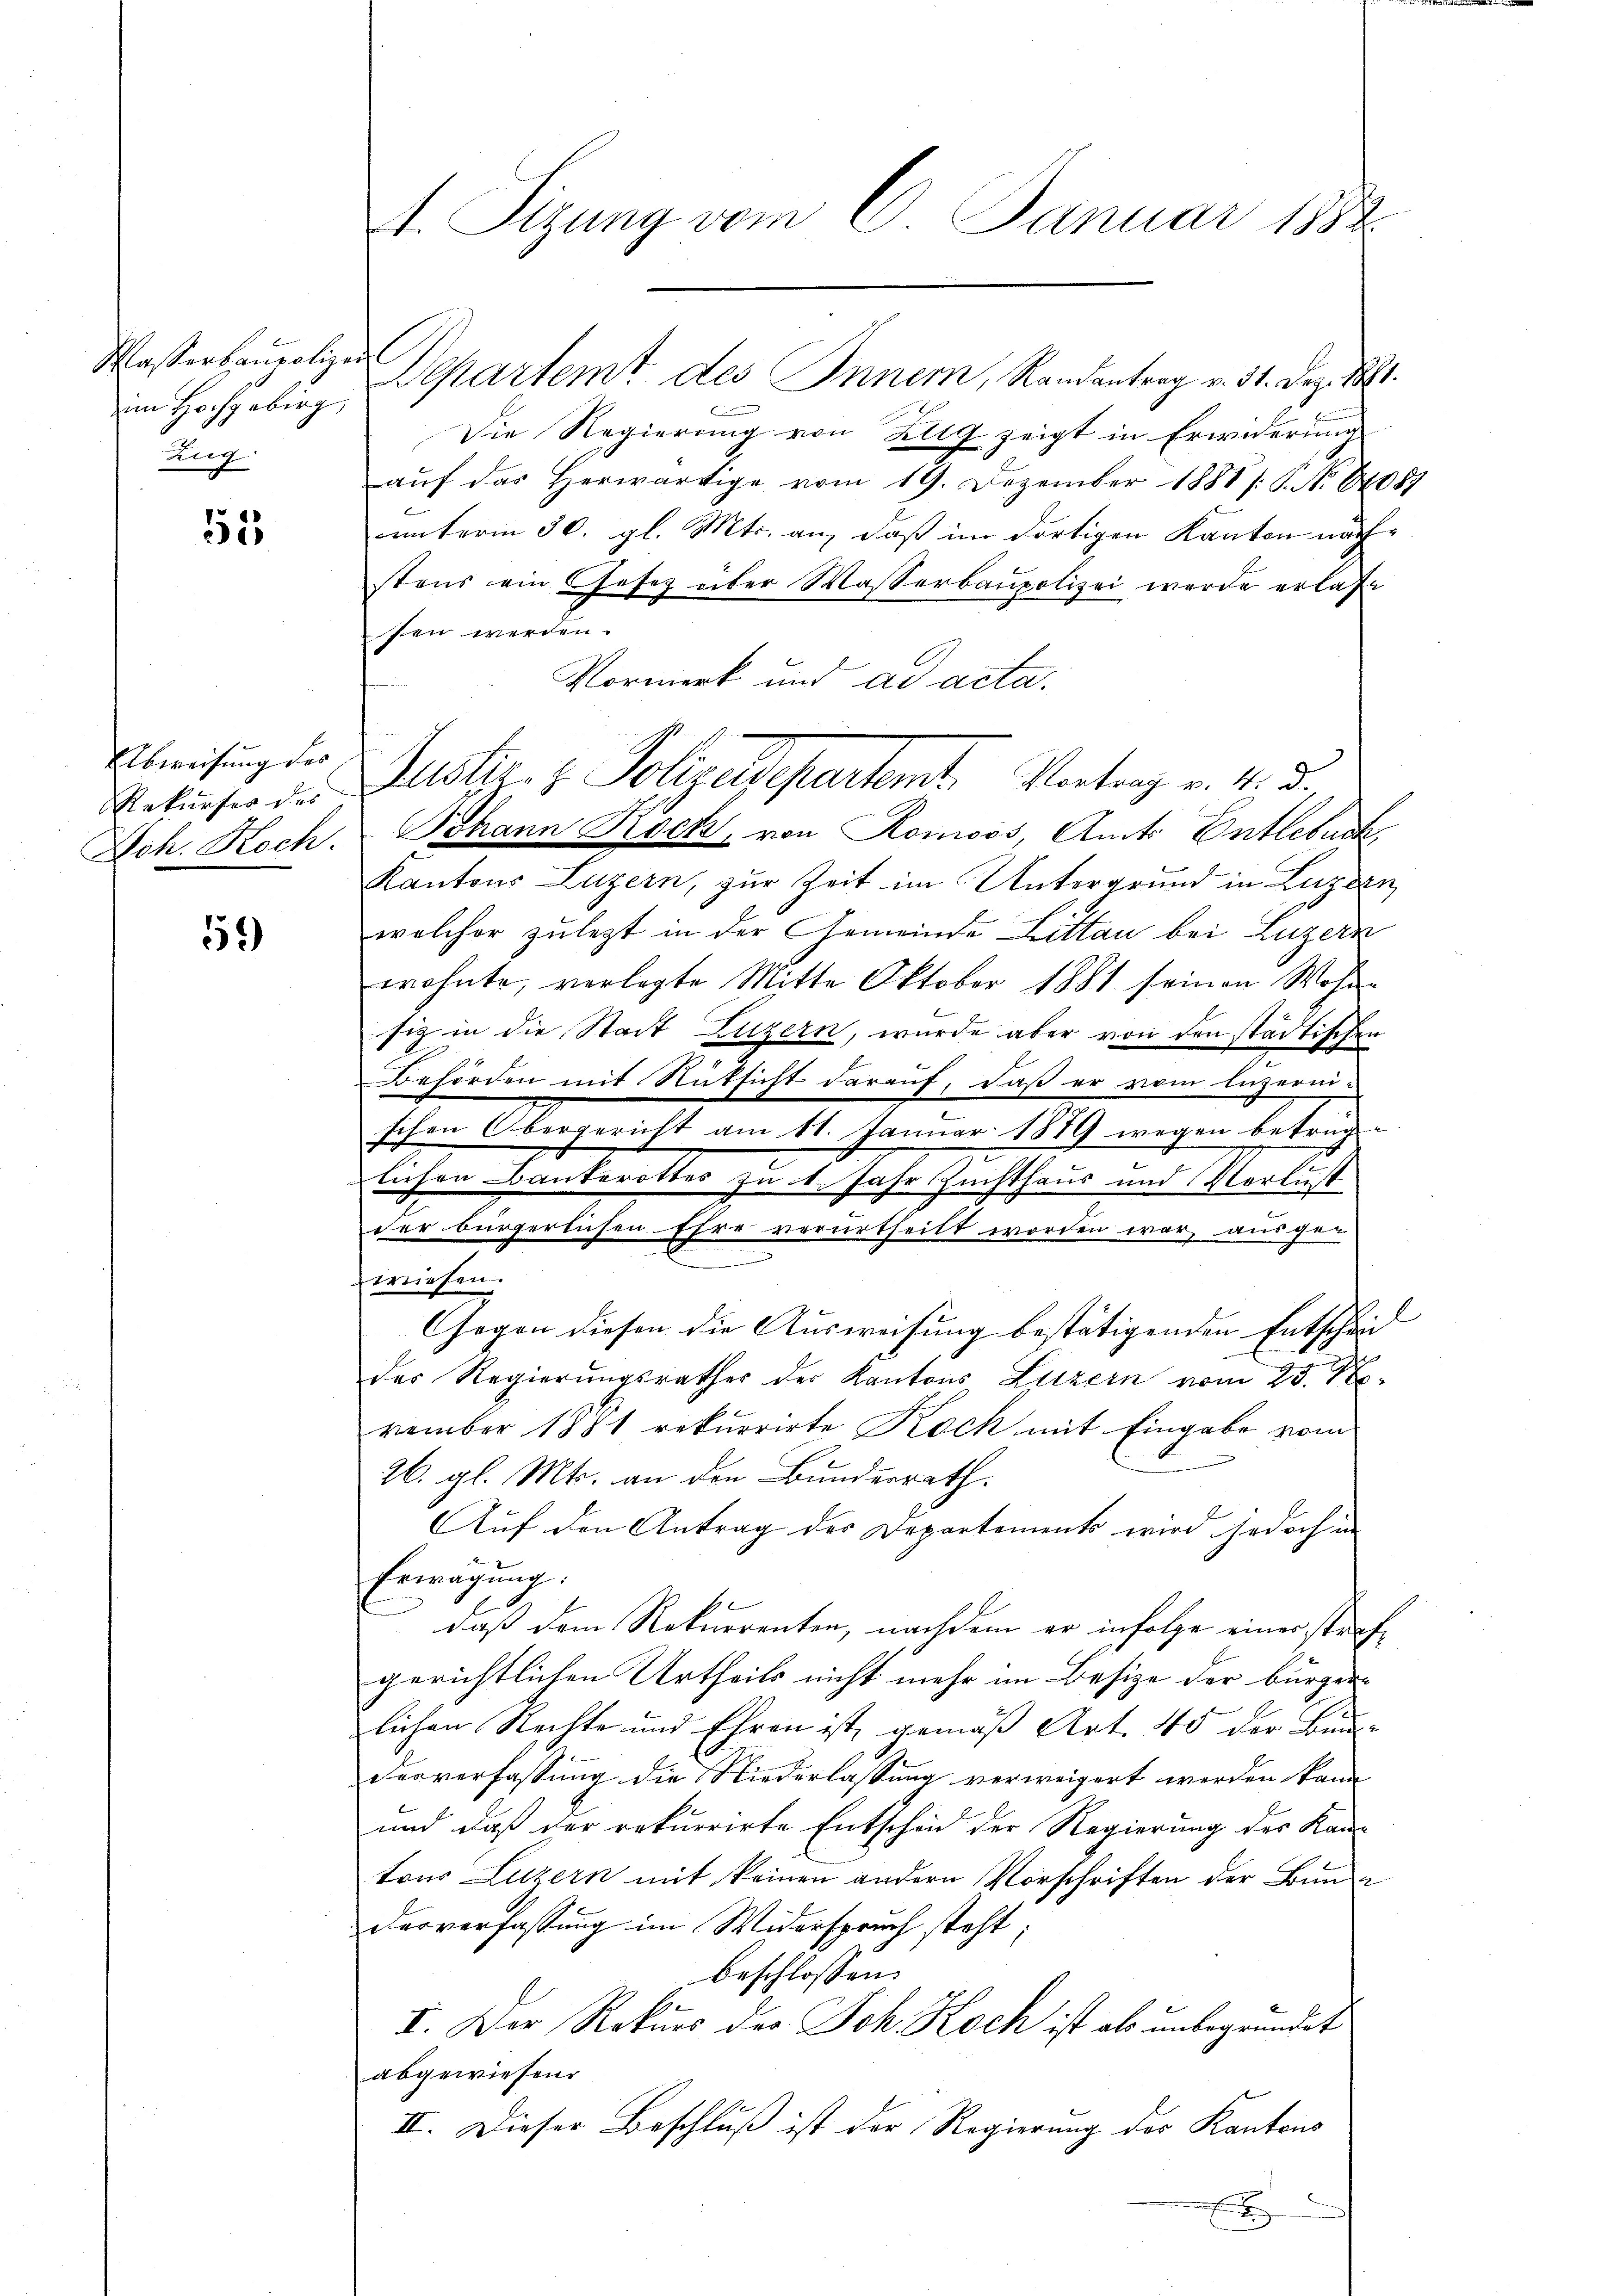
Masserbaupolizei
im Hochgebirg,
Zug

155

Abweisung des
Rekurses des
Joh. Koch.

59)

Sizung vom 6. Januar 1882

Die Regierung von Allg zeigt in Erwiderung
aŭf das herwärtige vom 19. Dezember 1881 /: P. Nr. 408.
unterm 30. gl. Mts. an, daß im dortigen Kanton nachstens ein Gesetz über Wasserbaupolizei werde erlaße
sen werden.
Vormerk und ad acta.
Bohann Rock, von Romoos, Amts Entlebuch
Kantons Luzern, zur Zeit im Untergrund in Luzern
welcher zuletzt in der Gemeinde Littau bei Luzern
wohnte, verlegte Mitte Oktober 1881 seinen Wohn-
siz in die Stadt Luzern, wurde aber von den städtischen
.
Behörden mit Rüksicht darauf, daß er vom luzerni-
schen Obergericht am 11. Januar 1889 wegen betrüg-
.
lichen Bauterottes zu 1. Jahr Zuchthaus und Verlust
der bürgerlichen Ehre verurtheilt worden war, ausgen
e
wiesen.
Gegen diesen die Ausweisung bestätigenden Entscheid |
des Regierungsrathes der Kantons Luzern vom 23. No
vember 1881 rekurrirte Koch mit Eingabe vom
26. gl. Mts. an den Bundesrath.
Auf den Antrag der Departements wird jedoch in
Erwägung.
be
daß dem Rekurrenten, nachdem er infolge einer strafgerichtlichen Urtheils nicht mehr im Besize der bürger-
lichen Rechte und Ehren ist, gemäß Art. 45 der Bun¬
Derverfassung die Niederlassung verweigert werden kann
und daß der rekurrirte Entscheid der Regierung des Kantons Luzern mit keinen andern Vorschriften der Bunde
derverfassung im Widerspruch steht;
beschlossen:
I. Der Rekurs der Joh. Koch ist als unbegründet
abgewiesen.
II. Dieser Beschluß ist der Regierung des Kantons
x

Departemt des Inner, Randantrag v. 31. Dez. 1891.

Justiz- & Polizeidepartemt. Vortrag v. M. D.